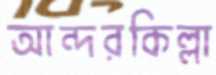
আন্দরকিল্লা